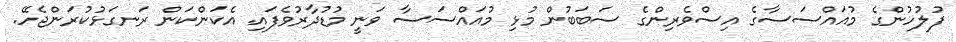
ފުލުހުންގެ މުއައްސަސާގެ އިސްވެރިންގެ ސަބަބުން މުޅި މުއައްސަސާ ވަނީ މުޑުދާރުވެފައި. އެކަންކަން ރަނގަޅުކުރަންޖެހޭ.